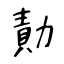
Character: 勣